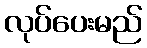
လုပ်ပေးမည်